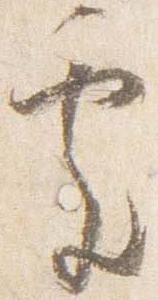
処